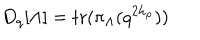
D _ { q } [ \Lambda ] = \mathrm { t r } ( \pi _ { \Lambda } ( q ^ { 2 h _ { \rho } } ) )